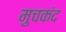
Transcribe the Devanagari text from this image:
मुचकंद